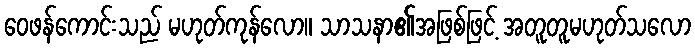
ဝေဖန်ကောင်းသည် မဟုတ်ကုန်လော။ သာသနာ၏အဖြစ်ဖြင့် အတူတူမဟုတ်သလော